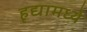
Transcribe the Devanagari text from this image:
हृद्यामध्ये